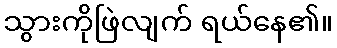
သွားကိုဖြဲလျက် ရယ်နေ၏။